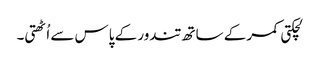
لچکتی کمر کے ساتھ تندور کے پاس سے اُٹھتی۔